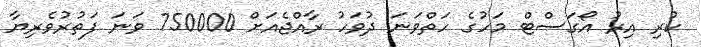
ކުރި އިރު އޯގަސްޓް މަހުގެ ހަތްވަނަ ދުވަހު ރާއްޖެއަށް 750000 ވަނަ ފަތުރުވެރިޔާ